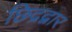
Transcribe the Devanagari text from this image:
छिद्रद्वार